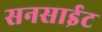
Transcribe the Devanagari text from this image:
सनसाईट